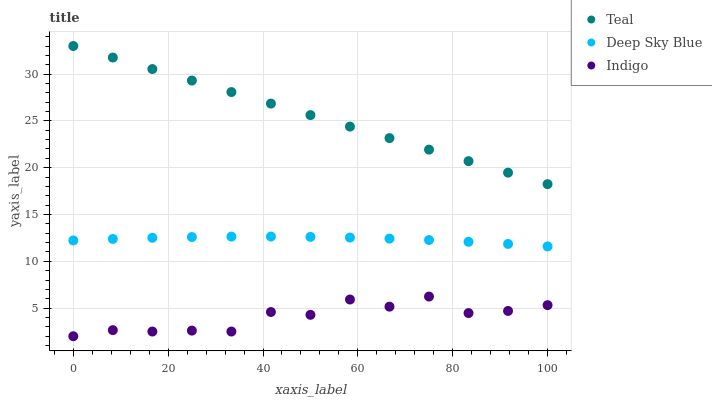
| xaxis_label | Teal | Deep Sky Blue | Indigo |
 | --- | --- | --- | --- |
 | 0 | 33 | 12.2 | 2 |
 | 8.33 | 31.8 | 12.4 | 2.65 |
 | 16.7 | 30.5 | 12.5 | 2.5 |
 | 25 | 29.3 | 12.6 | 2.6 |
 | 33.3 | 28.1 | 12.6 | 2.5 |
 | 41.7 | 26.9 | 12.6 | 4.59 |
 | 50 | 25.6 | 12.6 | 4.29 |
 | 58.3 | 24.4 | 12.5 | 5.92 |
 | 66.7 | 23.2 | 12.4 | 5.16 |
 | 75 | 21.9 | 12.3 | 6.24 |
 | 83.3 | 20.7 | 12.1 | 4.48 |
 | 91.7 | 19.5 | 11.9 | 4.7 |
 | 100 | 18.2 | 11.6 | 5.32 |